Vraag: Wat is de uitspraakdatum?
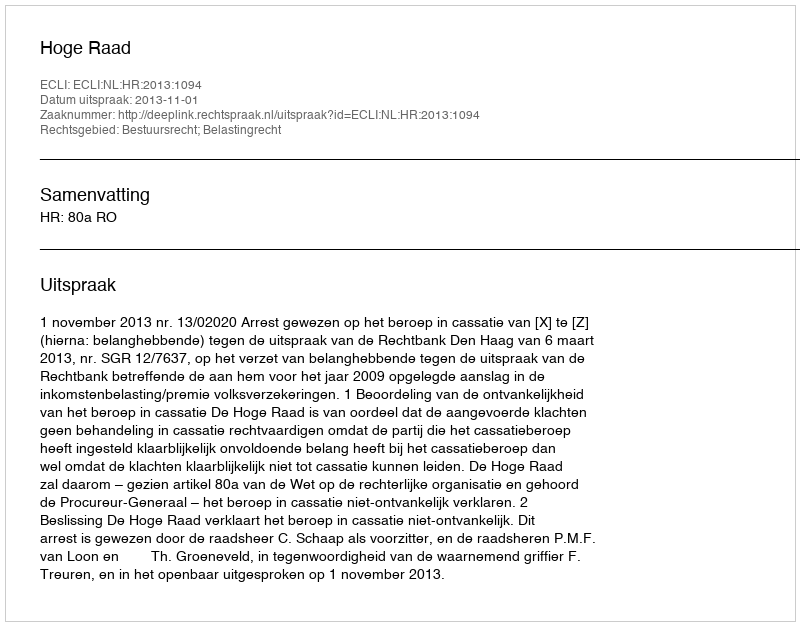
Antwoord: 2013-11-01